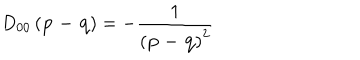
D _ { 0 0 } \left( \mathbf { p - q } \right) = - \frac { 1 } { \left( \mathbf { p - q } \right) ^ { 2 } }